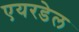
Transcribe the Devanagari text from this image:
एयरडेल